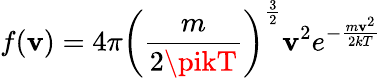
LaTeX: f(\mathbf{v})=4\pi\left({\frac{{m}}{{2\pikT}}}\right)^{\frac{{3}}{{2}}}\mathbf{v}^{2}e^{-{\frac{{m\mathbf{v}^{2}}}{{2kT}}}}